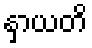
နှာယတိ